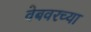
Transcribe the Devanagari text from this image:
वेबवरच्या